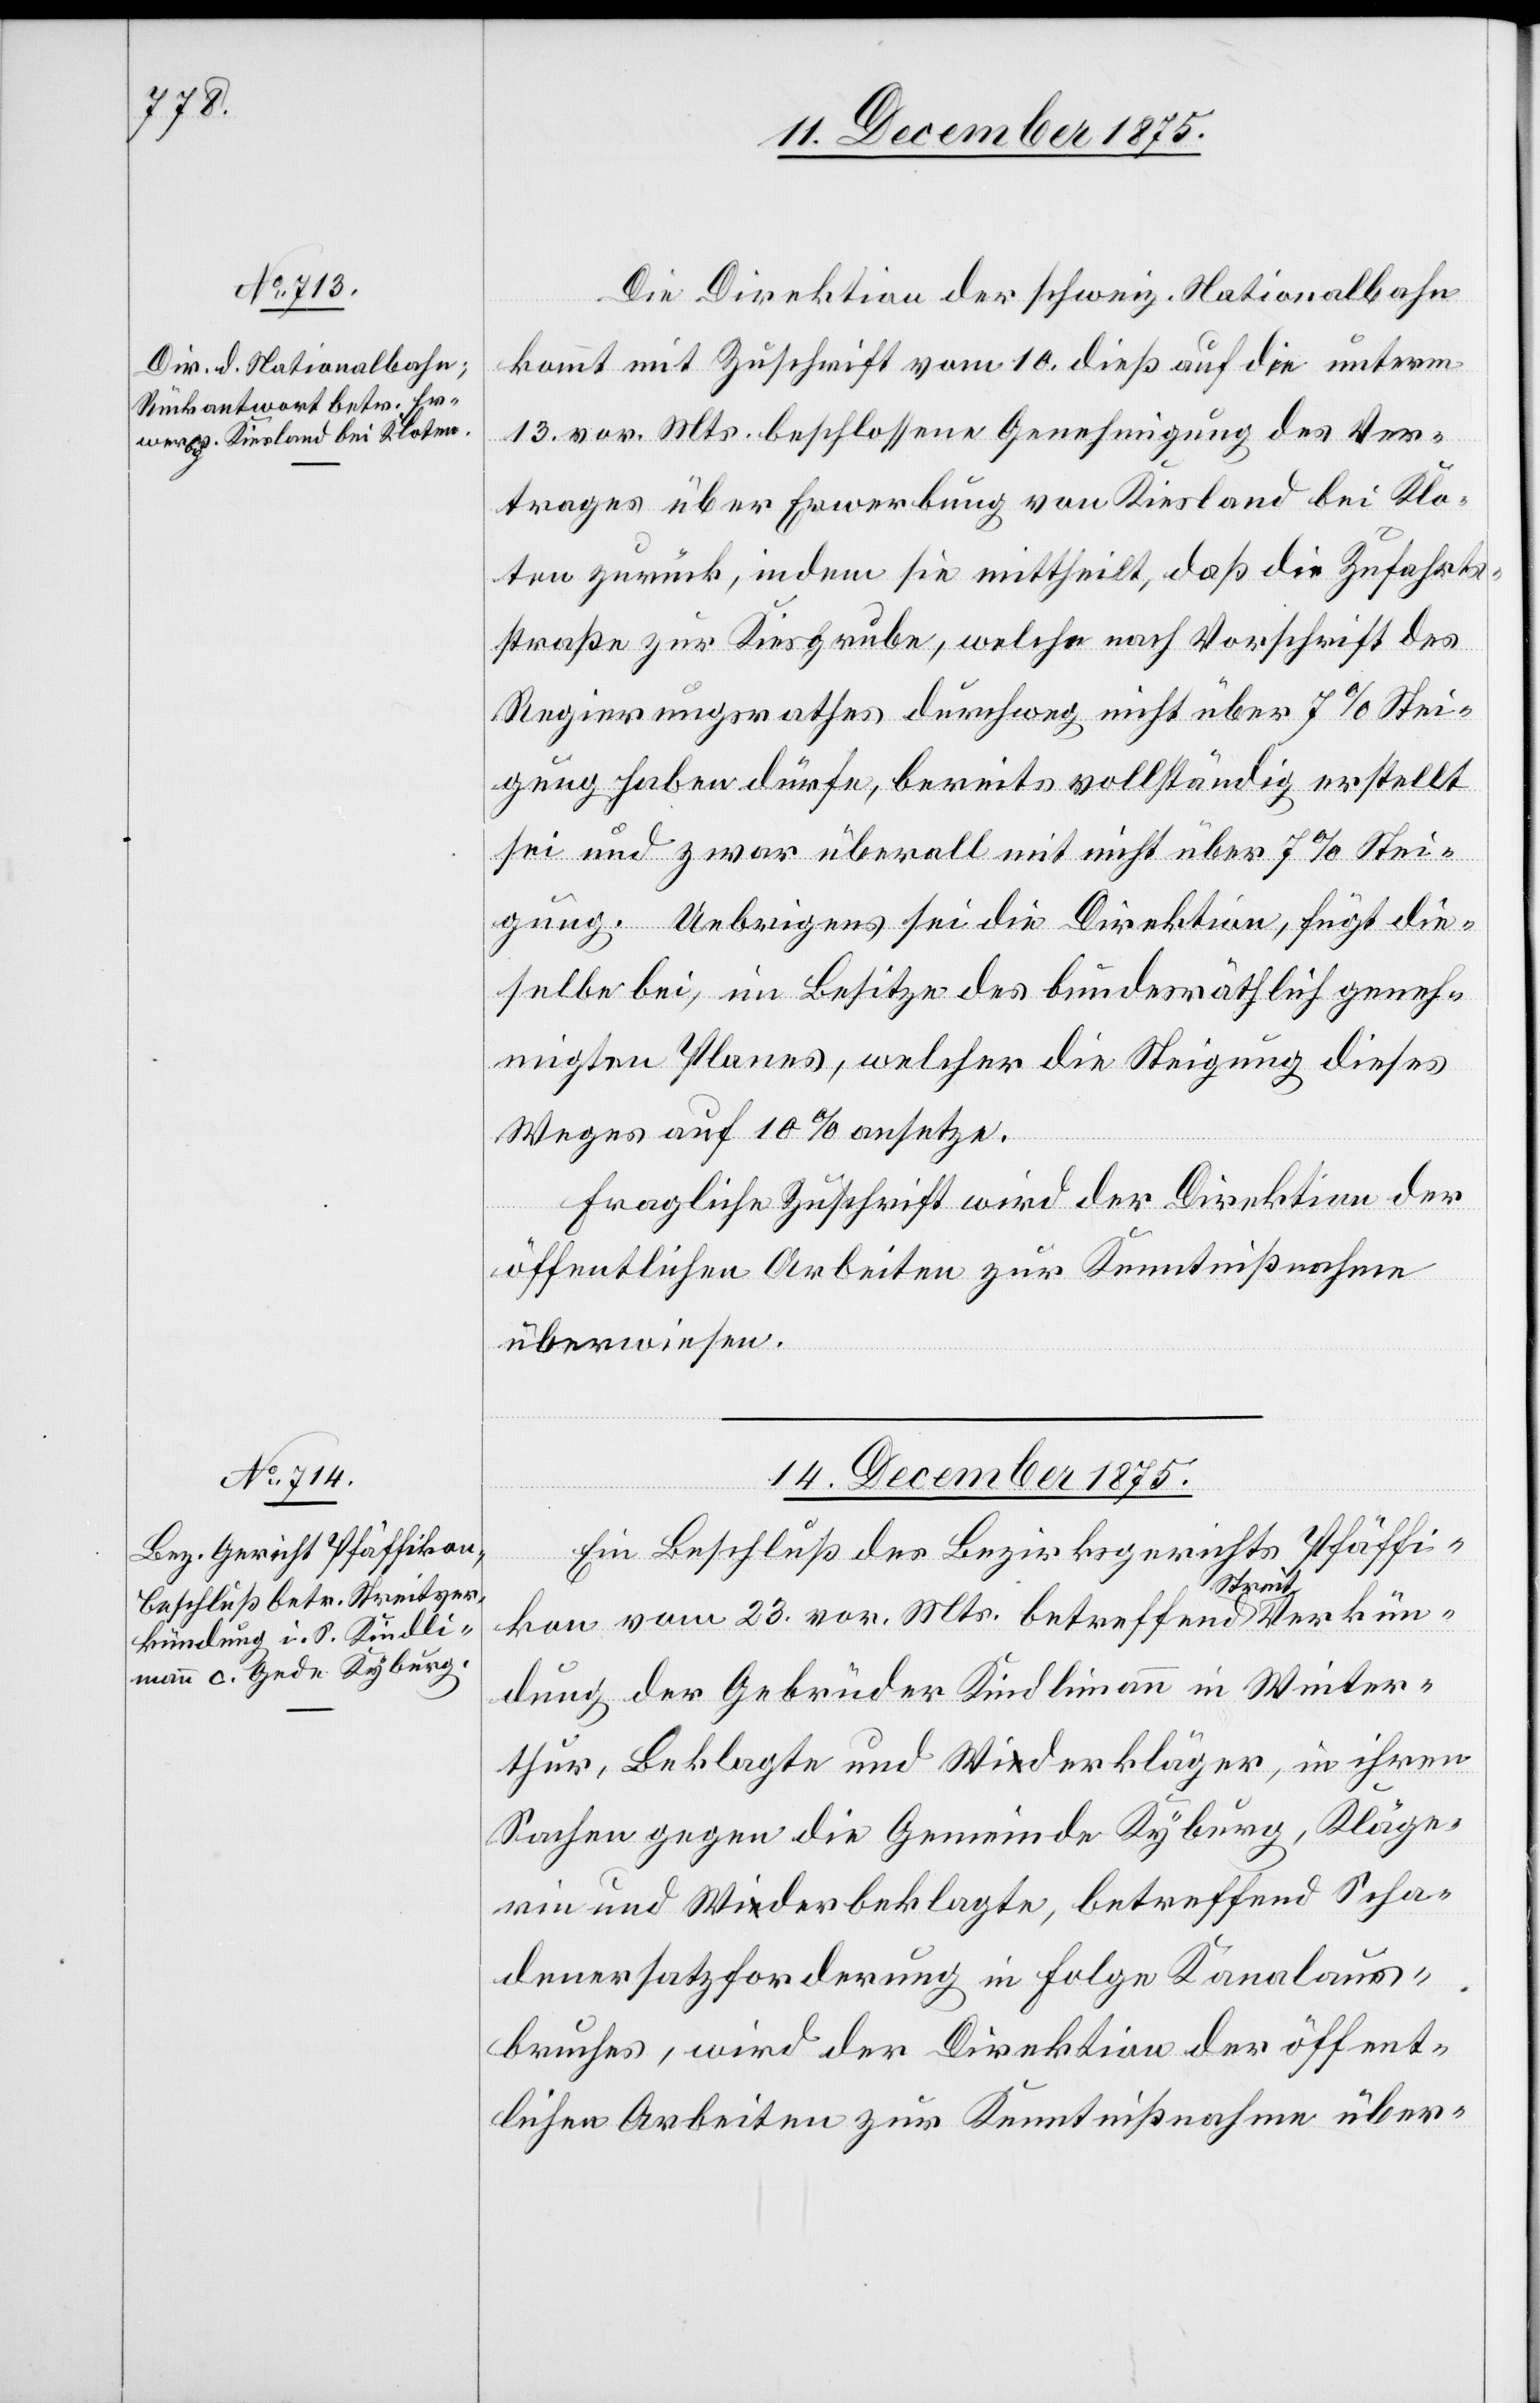
13. December 1875.]
Die Direktion der schweiz. Nationalbahn
kommt mit Zuschrift vom 10. dieß auf die unterm
13. vor. Mts. beschlossene Genehmigung des Ver¬
trages über Erwerbung von Kiesland bei Klo¬
ten zurück, indem sie mitthielt, daß die Zufahrts¬
straße zur Kiesgrube, welche nach Vorschrift des
Regierungsrathes durchweg nicht über 7% Stei¬
gung haben dürfe, bereits vollständig erstellt
sei und zwar überall mit nicht über 7% Stei¬
gung. Uebrigens sei die Direktion, fügt die¬
selbe bei, im Besitze des bundesräthlich geneh¬
migten Planes, welcher die Steigung dieses
Weges auf 10% ansetze.
Fragliche Zuschrift wird der Direktion der
öffentlichen Arbeiten zur Kenntnißnahme
überwiesen.
14. December 1875.
Ein Beschluß des Bezirksgerichts Pfäffi¬
kon vom 23. vor. Mts betreffend Streitverkün¬
dung der Gebrüder Kindlimann in Winter¬
thur, Beklagte und Widerkläger, in ihren
Sachen gegen die Gemeinde Kyburg, Kläge¬
rin und Widerbeklagte, betreffend Scha¬
denersatzforderung in Folge Kanalaus¬
bruches, wird der Direktion der öffent¬
lichen Arbeiten zur Kenntnißnahme über-